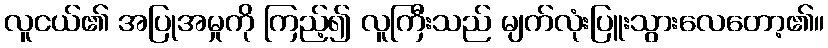
လူငယ်၏ အပြုအမှုကို ကြည့်၍ လူကြီးသည် မျက်လုံးပြူးသွားလေတော့၏။